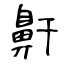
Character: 鼾